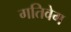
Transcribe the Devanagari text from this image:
गतिवेग